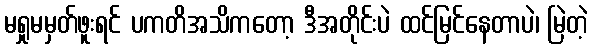
မရှုမမှတ်ဖူးရင် ပကတိအသိကတော့ ဒီအတိုင်းပဲ ထင်မြင်နေတာပဲ၊ မြဲတဲ့